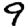
Digit: 9